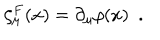
LaTeX: \zeta _ { \mu } ^ { F } ( x ) = \partial _ { \mu } \rho ( x ) ~ ~ .